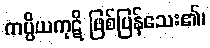
ကပ္ပိယကုဋိ ဖြစ်ပြန်သေး၏၊